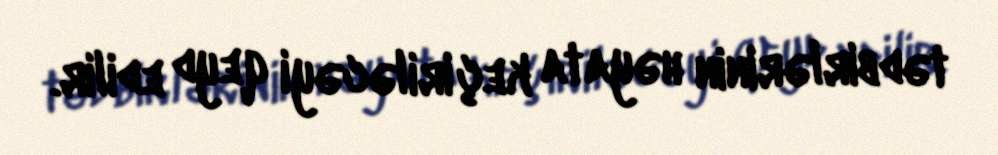
tədbirlərinin həyata keçiriləcəyi qeyd edilir.